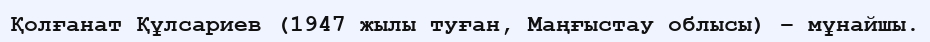
Қолғанат Құлсариев (1947 жылы туған, Маңғыстау облысы) – мұнайшы.